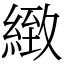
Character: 緻